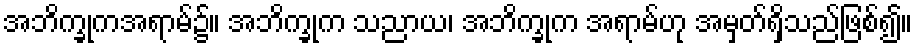
အဘိက္ခုကအရာမ်၌။ အဘိက္ခုက သညာယ၊ အဘိက္ခုက အရာမ်ဟု အမှတ်ရှိသည်ဖြစ်၍။